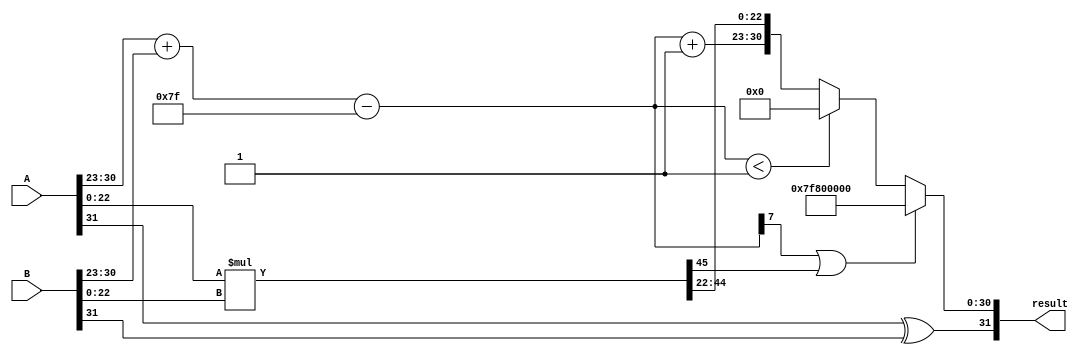
module floating_point_multiplier(
    input [31:0] A, // First floating-point number
    input [31:0] B, // Second floating-point number
    output reg [31:0] result // Result of multiplication
);

    // Constants
    parameter BIAS = 127;

    // Decompose inputs
    wire sign_A = A[31];
    wire sign_B = B[31];
    wire [7:0] exp_A = A[30:23];
    wire [7:0] exp_B = B[30:23];
    wire [22:0] frac_A = {1'b1, A[22:0]}; // Implicit leading 1 for normalized numbers
    wire [22:0] frac_B = {1'b1, B[22:0]}; // Implicit leading 1 for normalized numbers

    // Intermediate signals
    wire [7:0] exp_result;
    wire [46:0] frac_result; // 23 + 23 = 46 bits to store the product
    wire sign_result;

    // Exponent calculation
    assign exp_result = exp_A + exp_B - BIAS;

    // Mantissa multiplication
    assign frac_result = frac_A * frac_B;

    // Sign calculation
    assign sign_result = sign_A ^ sign_B;

    // Normalize the mantissa and adjust the exponent
    reg [7:0] final_exp;
    reg [22:0] final_frac;
    reg overflow, underflow;

    always @(*) begin
        // Default values
        final_exp = exp_result;
        final_frac = frac_result[45:23]; // Get the upper part of the product
        overflow = (final_exp[7] == 1) || (final_frac[22] == 1);
        underflow = (final_exp < 1);

        // Normalize if necessary
        if (frac_result[46]) begin // If the result has a leading 1
            final_frac = frac_result[45:23]; // Keep the upper part
        end else begin // Otherwise, need to shift right
            final_frac = frac_result[44:22]; // Shift right once
            final_exp = final_exp + 1; // Increase exponent by 1
        end

        // Handle overflow
        if (overflow) begin
            result = {sign_result, 8'b11111111, 23'b0}; // Set to infinity
        end else if (underflow) begin
            result = {sign_result, 8'b0, 23'b0}; // Set to zero
        end else begin
            result = {sign_result, final_exp, final_frac}; // Assemble the result
        end
    end
endmodule